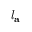
l _ { \mathbf { a } }